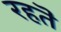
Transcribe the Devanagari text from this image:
रहतॆ